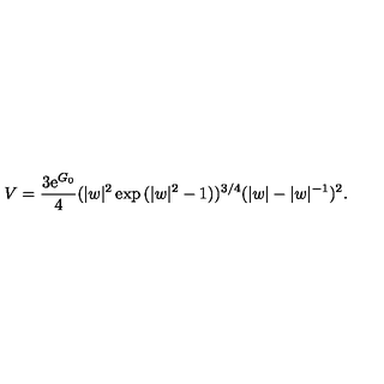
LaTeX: V = \frac { 3 \mathrm { e } ^ { G _ { 0 } } } { 4 } ( | w | ^ { 2 } \exp { ( | w | ^ { 2 } - 1 ) } ) ^ { 3 / 4 } ( | w | - | w | ^ { - 1 } ) ^ { 2 } .